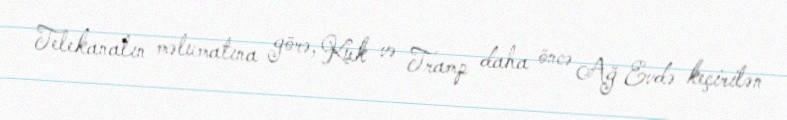
Telekanalın məlumatına görə, Kuk və Tramp daha öncə Ağ Evdə keçirilən